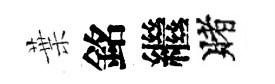
葉銘繼賭